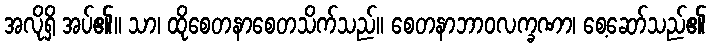
အလိုရှိ အပ်၏။ သာ၊ ထိုစေတနာစေတသိက်သည်။ စေတနာဘာဝလက္ခဏာ၊ စေ့ဆော်သည်၏